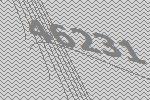
46231